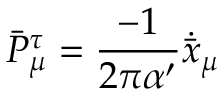
\bar { P } _ { \mu } ^ { \tau } = \frac { - 1 } { 2 \pi \alpha ^ { \prime } } \dot { \bar { x } } _ { \mu }